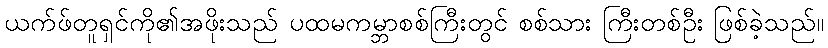
ယက်ဖ်တူရှင်ကို၏အဖိုးသည် ပထမကမ္ဘာစစ်ကြီးတွင် စစ်သား ကြီးတစ်ဦး ဖြစ်ခဲ့သည်။